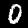
Digit: 0